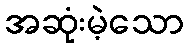
အဆုံးမဲ့သော